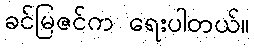
ခင်မြဇင်က ရေးပါတယ်။